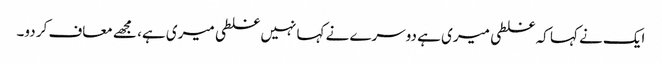
ایک نے کہا کہ غلطی میری ہے دوسرے نے کہا نہیں غلطی میری ہے، مجھے معاف کر دو۔